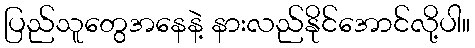
ပြည်သူတွေအနေနဲ့ နားလည်နိုင်အောင်လို့ပါ။